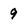
Character: 9